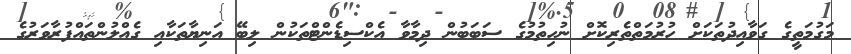
މަގުމަތީގެ ގަވާއިދުތަކަށް ހުރުމަތްތެރިކޮށް ނުހިތުމުގެ ސަބަބުން ދިމާވާ އެކްސިޑެންޓްތަކުން ލިބޭ އަނިޔާތަކާއި ގެއްލުންތައްފުރާވަރުގެ